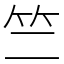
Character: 竺